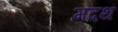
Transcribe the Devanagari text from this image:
मदथ